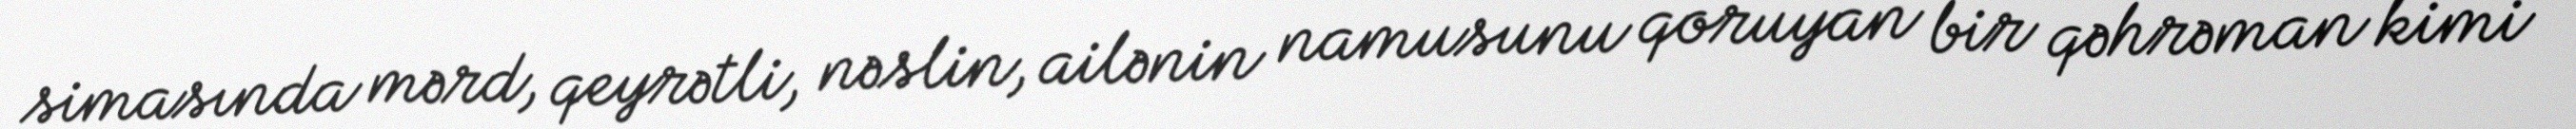
simasında mərd, qeyrətli, nəslin, ailənin namusunu qoruyan bir qəhrəman kimi